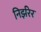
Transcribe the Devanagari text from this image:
निर्झरेर